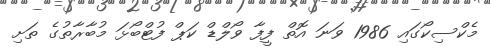
މެކްސިކޯގައި 1986 ވަނަ އޮތް ފީފާ ވޯލްޑް ކަޕް ފުޓްބޯޅަ މުބާރާތުގެ ތަށި